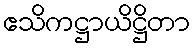
ဧသိကဋ္ဌာယိဋ္ဌိတာ